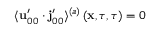
\langle \mathbf { u } _ { 0 0 } ^ { \prime } \cdot \mathbf { j } _ { 0 0 } ^ { \prime } \rangle ^ { ( a ) } \left( \mathbf { x } , \tau , \tau \right) = 0